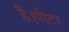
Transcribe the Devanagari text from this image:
हैं।पीटर